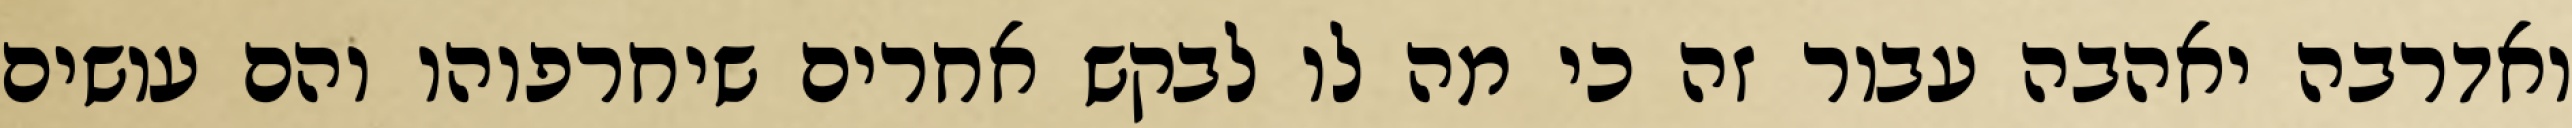
ואדרבה יאהבה עבור זה כי מה לו לבקש אחרים שיחרפוהו והם עושים